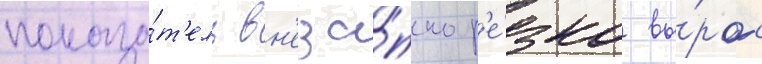
показа́т'ель вн'еза́пно р'е́зко вы́рос